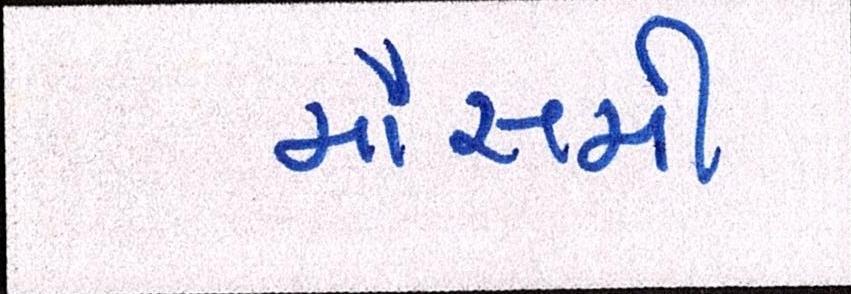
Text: મૌસમી